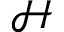
\mathcal { H }